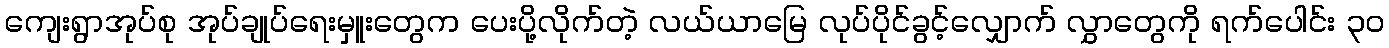
ကျေးရွာအုပ်စု အုပ်ချုပ်ရေးမှူးတွေက ပေးပို့လိုက်တဲ့ လယ်ယာမြေ လုပ်ပိုင်ခွင့်လျှောက် လွှာတွေကို ရက်ပေါင်း ၃၀